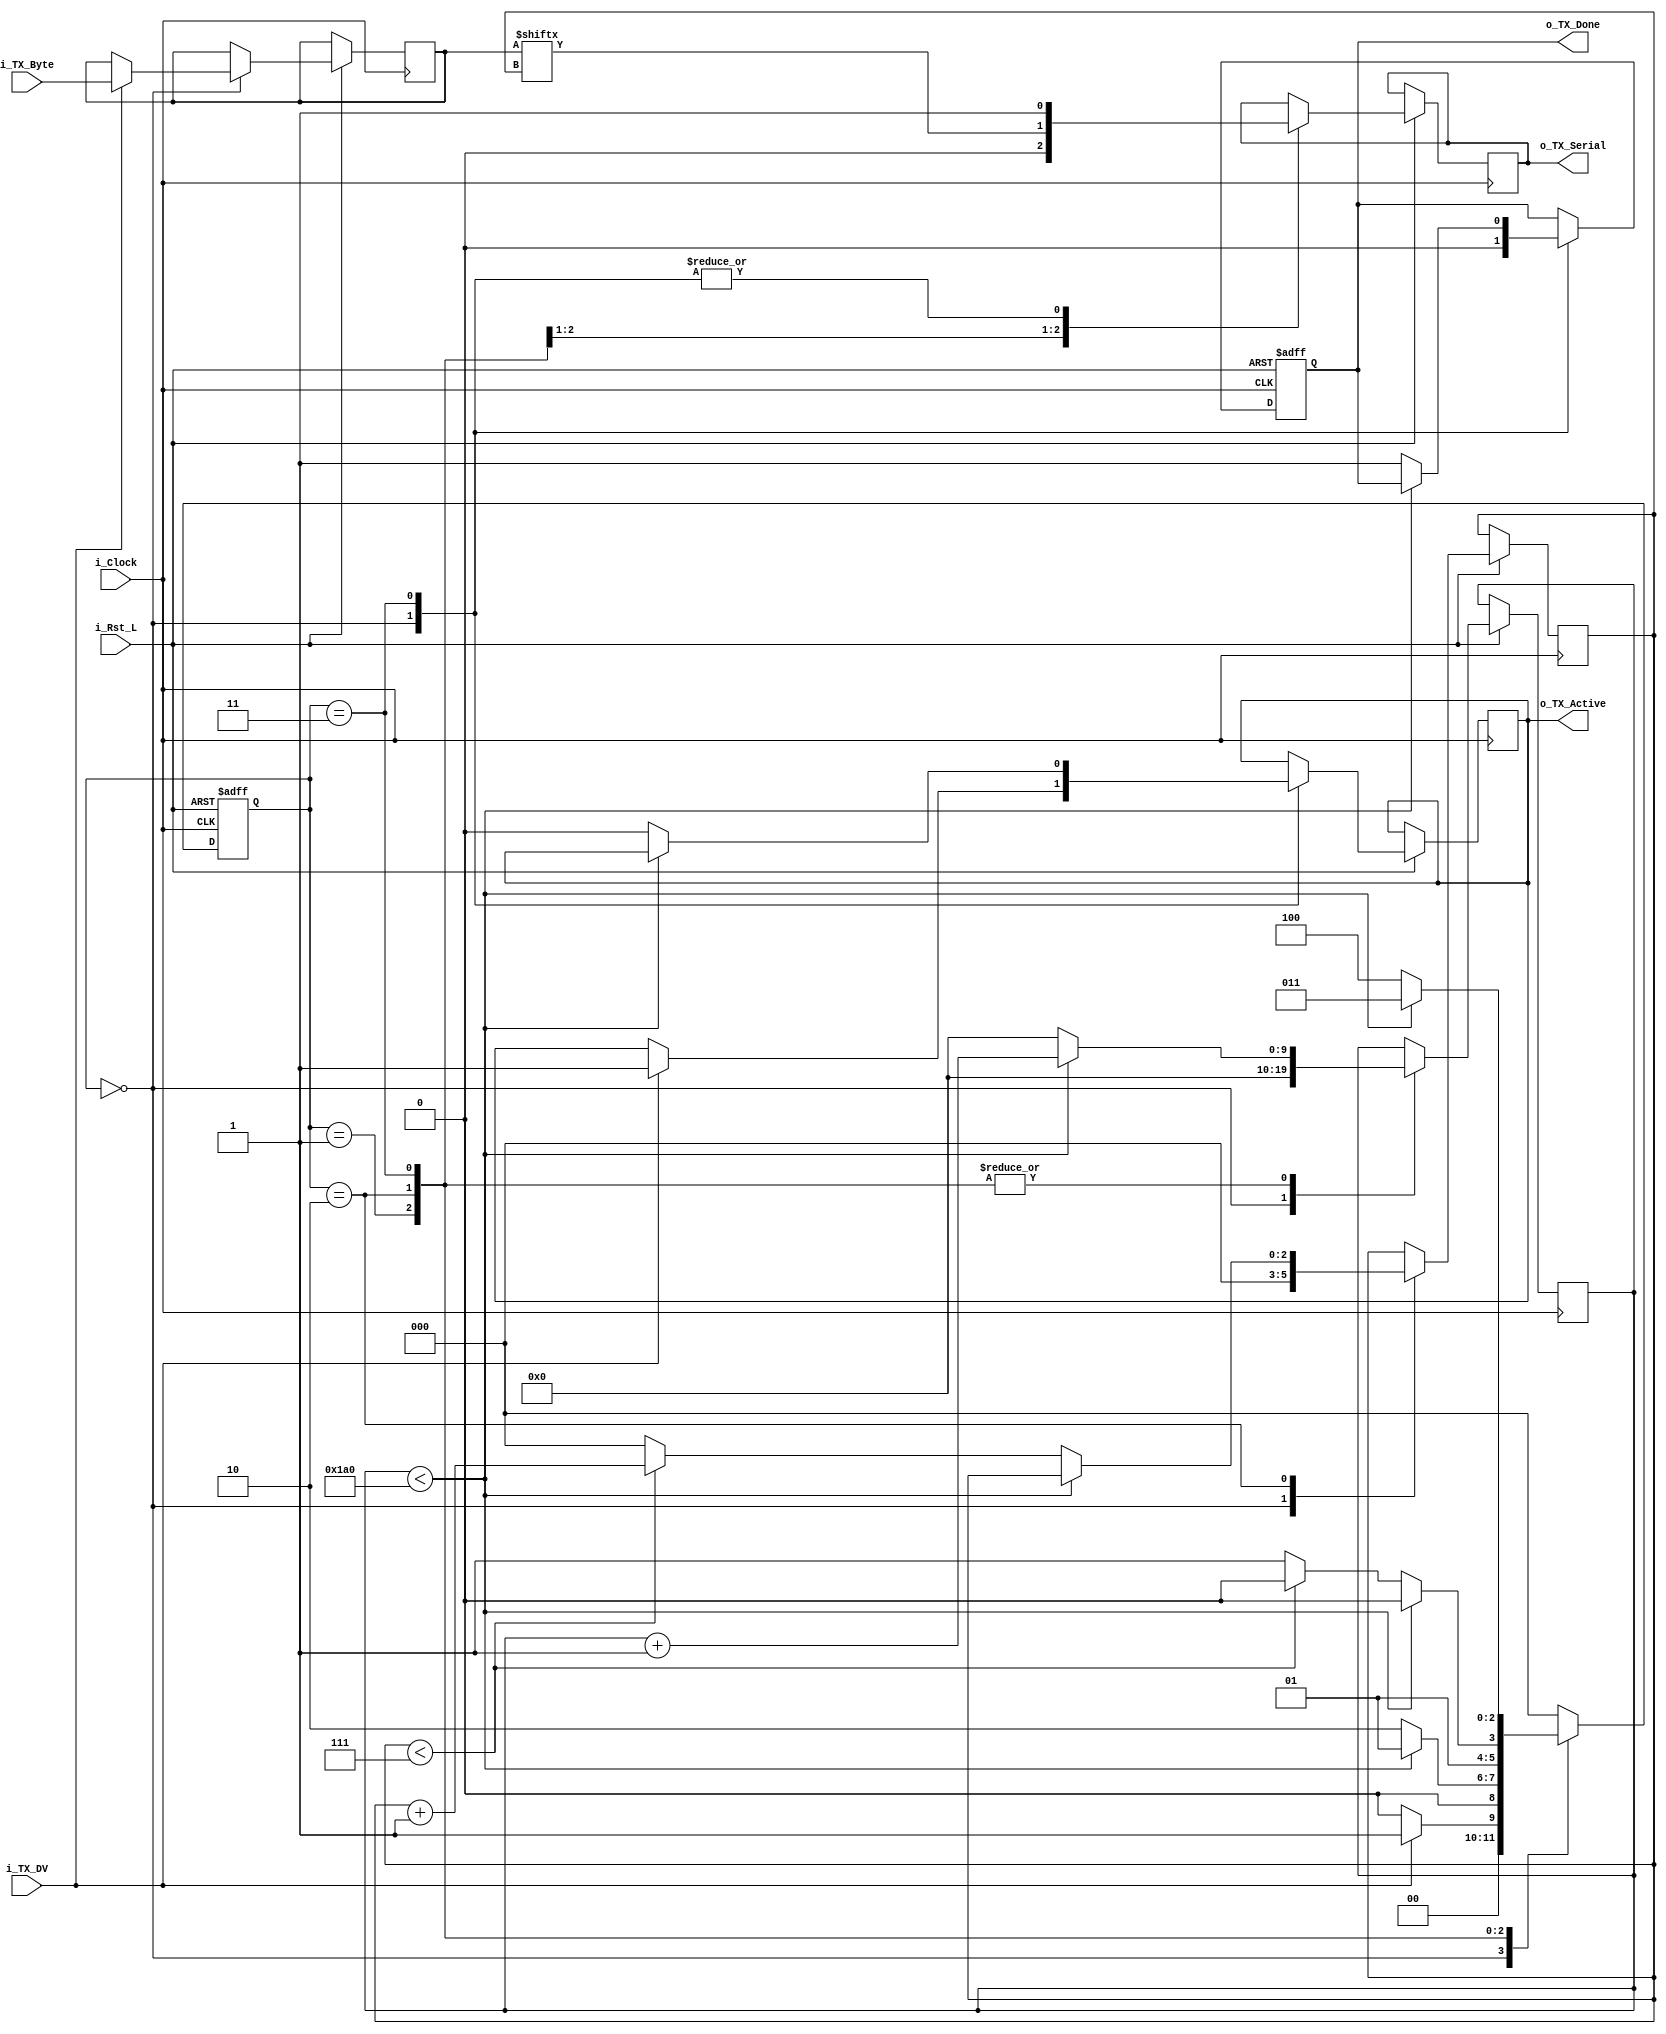
//////////////////////////////////////////////////////////////////////
//////////////////////////////////////////////////////////////////////
// This file contains the UART Transmitter.  This transmitter is able
// to transmit 8 bits of serial data, one start bit, one stop bit,
// and no parity bit.  When transmit is complete o_Tx_done will be
// driven high for one clock cycle.
//
// Set Parameter CLKS_PER_BIT as follows:
// CLKS_PER_BIT = (Frequency of i_Clock)/(Frequency of UART)
// Example: 25 MHz Clock, 115200 baud UART
// (25000000)/(115200) = 217
`timescale 1ns / 1ps
module UART_TX #(
    parameter CLKS_PER_BIT = 417
) (
    input            i_Rst_L,
    input            i_Clock,
    input            i_TX_DV,
    input      [7:0] i_TX_Byte,
    output reg       o_TX_Active,
    output reg       o_TX_Serial,
    output reg       o_TX_Done
);

  localparam IDLE = 3'b000;
  localparam TX_START_BIT = 3'b001;
  localparam TX_DATA_BITS = 3'b010;
  localparam TX_STOP_BIT = 3'b011;
  localparam CLEANUP = 3'b100;

  reg [2:0] r_SM_Main;
  reg [$clog2(CLKS_PER_BIT):0] r_Clock_Count;
  reg [2:0] r_Bit_Index;
  reg [7:0] r_TX_Data;


  // Purpose: Control TX state machine
  always @(posedge i_Clock or negedge i_Rst_L) begin
    if (~i_Rst_L) begin
      r_SM_Main <= 3'b000;
      o_TX_Done <= 1'b0;
    end else begin
      case (r_SM_Main)
        IDLE: begin
          o_TX_Serial   <= 1'b1;  // Drive Line High for Idle
          o_TX_Done     <= 1'b0;
          r_Clock_Count <= 0;
          r_Bit_Index   <= 0;

          if (i_TX_DV == 1'b1) begin
            o_TX_Active <= 1'b1;
            r_TX_Data   <= i_TX_Byte;
            r_SM_Main   <= TX_START_BIT;
          end else r_SM_Main <= IDLE;
        end  // case: IDLE


        // Send out Start Bit. Start bit = 0
        TX_START_BIT: begin
          o_TX_Serial <= 1'b0;

          // Wait CLKS_PER_BIT-1 clock cycles for start bit to finish
          if (r_Clock_Count < CLKS_PER_BIT - 1) begin
            r_Clock_Count <= r_Clock_Count + 1;
            r_SM_Main     <= TX_START_BIT;
          end else begin
            r_Clock_Count <= 0;
            r_SM_Main     <= TX_DATA_BITS;
          end
        end  // case: TX_START_BIT


        // Wait CLKS_PER_BIT-1 clock cycles for data bits to finish         
        TX_DATA_BITS: begin
          o_TX_Serial <= r_TX_Data[r_Bit_Index];

          if (r_Clock_Count < CLKS_PER_BIT - 1) begin
            r_Clock_Count <= r_Clock_Count + 1;
            r_SM_Main     <= TX_DATA_BITS;
          end else begin
            r_Clock_Count <= 0;

            // Check if we have sent out all bits
            if (r_Bit_Index < 7) begin
              r_Bit_Index <= r_Bit_Index + 1;
              r_SM_Main   <= TX_DATA_BITS;
            end else begin
              r_Bit_Index <= 0;
              r_SM_Main   <= TX_STOP_BIT;
            end
          end
        end  // case: TX_DATA_BITS


        // Send out Stop bit.  Stop bit = 1
        TX_STOP_BIT: begin
          o_TX_Serial <= 1'b1;

          // Wait CLKS_PER_BIT-1 clock cycles for Stop bit to finish
          if (r_Clock_Count < CLKS_PER_BIT - 1) begin
            r_Clock_Count <= r_Clock_Count + 1;
            r_SM_Main     <= TX_STOP_BIT;
          end else begin
            o_TX_Done     <= 1'b1;
            r_Clock_Count <= 0;
            r_SM_Main     <= CLEANUP;
            o_TX_Active   <= 1'b0;
          end
        end  // case: TX_STOP_BIT


        // Stay here 1 clock
        CLEANUP: begin
          r_SM_Main <= IDLE;
        end


        default: r_SM_Main <= IDLE;

      endcase
    end  // else: !if(~i_Rst_L)
  end  // always @ (posedge i_Clock or negedge i_Rst_L)


endmodule